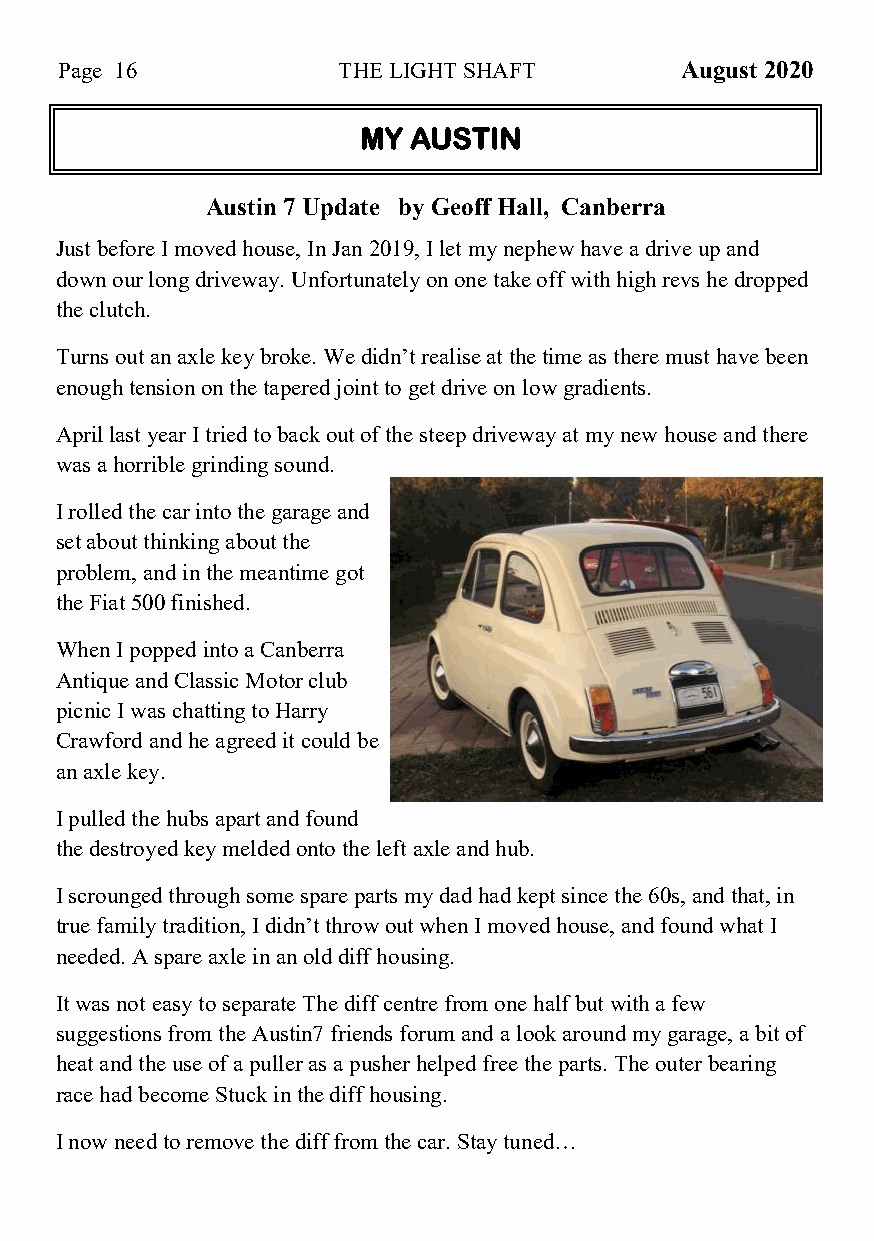
Page 16           THE LIGHT SHAFT        August 2020
 MY AUSTIN
 Austin 7 Update by Geoff Hall, Canberra
 Just before I moved house, In Jan 2019, I let my nephew have a drive up and
 down our long driveway. Unfortunately on one take off with high revs he dropped
 the clutch.
 Turns out an axle key broke. We didn’t realise at the time as there must have been
 enough tension on the tapered joint to get drive on low gradients.
 April last year I tried to back out of the steep driveway at my new house and there
 was a horrible grinding sound.
 I rolled the car into the garage and
 set about thinking about the
 problem, and in the meantime got
 the Fiat 500 finished.
 When I popped into a Canberra
 Antique and Classic Motor club
 picnic I was chatting to Harry
 Crawford and he agreed it could be
 an axle key.
 I pulled the hubs apart and found
 the destroyed key melded onto the left axle and hub.
 I scrounged through some spare parts my dad had kept since the 60s, and that, in
 true family tradition, I didn’t throw out when I moved house, and found what I
 needed. A spare axle in an old diff housing.
 It was not easy to separate The diff centre from one half but with a few
 suggestions from the Austin7 friends forum and a look around my garage, a bit of
 heat and the use of a puller as a pusher helped free the parts. The outer bearing
 race had become Stuck in the diff housing.
 I now need to remove the diff from the car. Stay tuned…